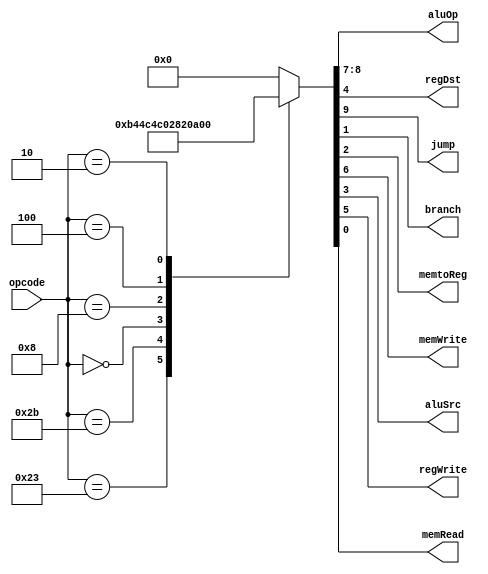
module control_unit
(
    input [5:0] opcode,

    output reg [1:0] aluOp,
    output reg regDst,
    output reg jump,
    output reg branch,
    output reg memtoReg, 
    output reg memWrite, 
    output reg aluSrc,
    output reg regWrite,
    output reg memRead
    );
    reg [9:0] flags;
    
    localparam loadWord = 6'b100011,
               storeWord = 6'b101011,
               beq = 6'b000100,
               //bne = 6'b000101,
               rI = 6'b000000,
               jumpImm = 6'b000010,
               addi = 6'b001000;
               //andi = 6'b001100,
               //ori = 6'b001101,
               //xori = 6'b001110;
    
    always @ (*)
        begin
        {jump, aluOp, memWrite, regWrite, regDst, aluSrc, memtoReg, branch, memRead} = flags;
        end
        
    always @ (*)
        begin
        case (opcode)
            loadWord      : flags = 10'b0_0001_01101;
            storeWord     : flags = 10'b0_0010_01100;
            rI            : flags = 10'b0_1001_10000;
            addi          : flags = 10'b0_0001_01000;
            beq           : flags = 10'b0_0100_00010;
            jumpImm       : flags = 10'b1_0000_00000;
            default       : flags = 10'b0_0000_00000;
            endcase
        end
endmodule